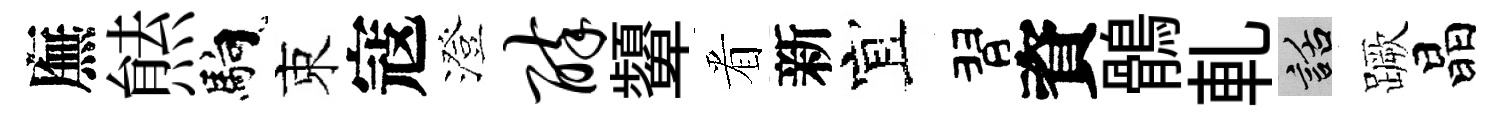
廡㷱馿束寇澄醉顰㸔新宜習資鶻軋話蹶晶